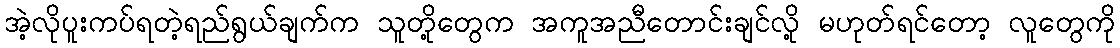
အဲ့လိုပူးကပ်ရတဲ့ရည်ရွယ်ချက်က သူတို့တွေက အကူအညီတောင်းချင်လို့ မဟုတ်ရင်တော့ လူတွေကို